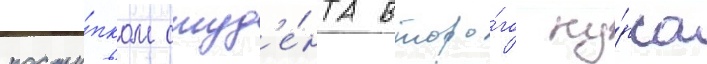
посту́пком студ'е́нта второ́го ку́рса